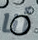
أنا